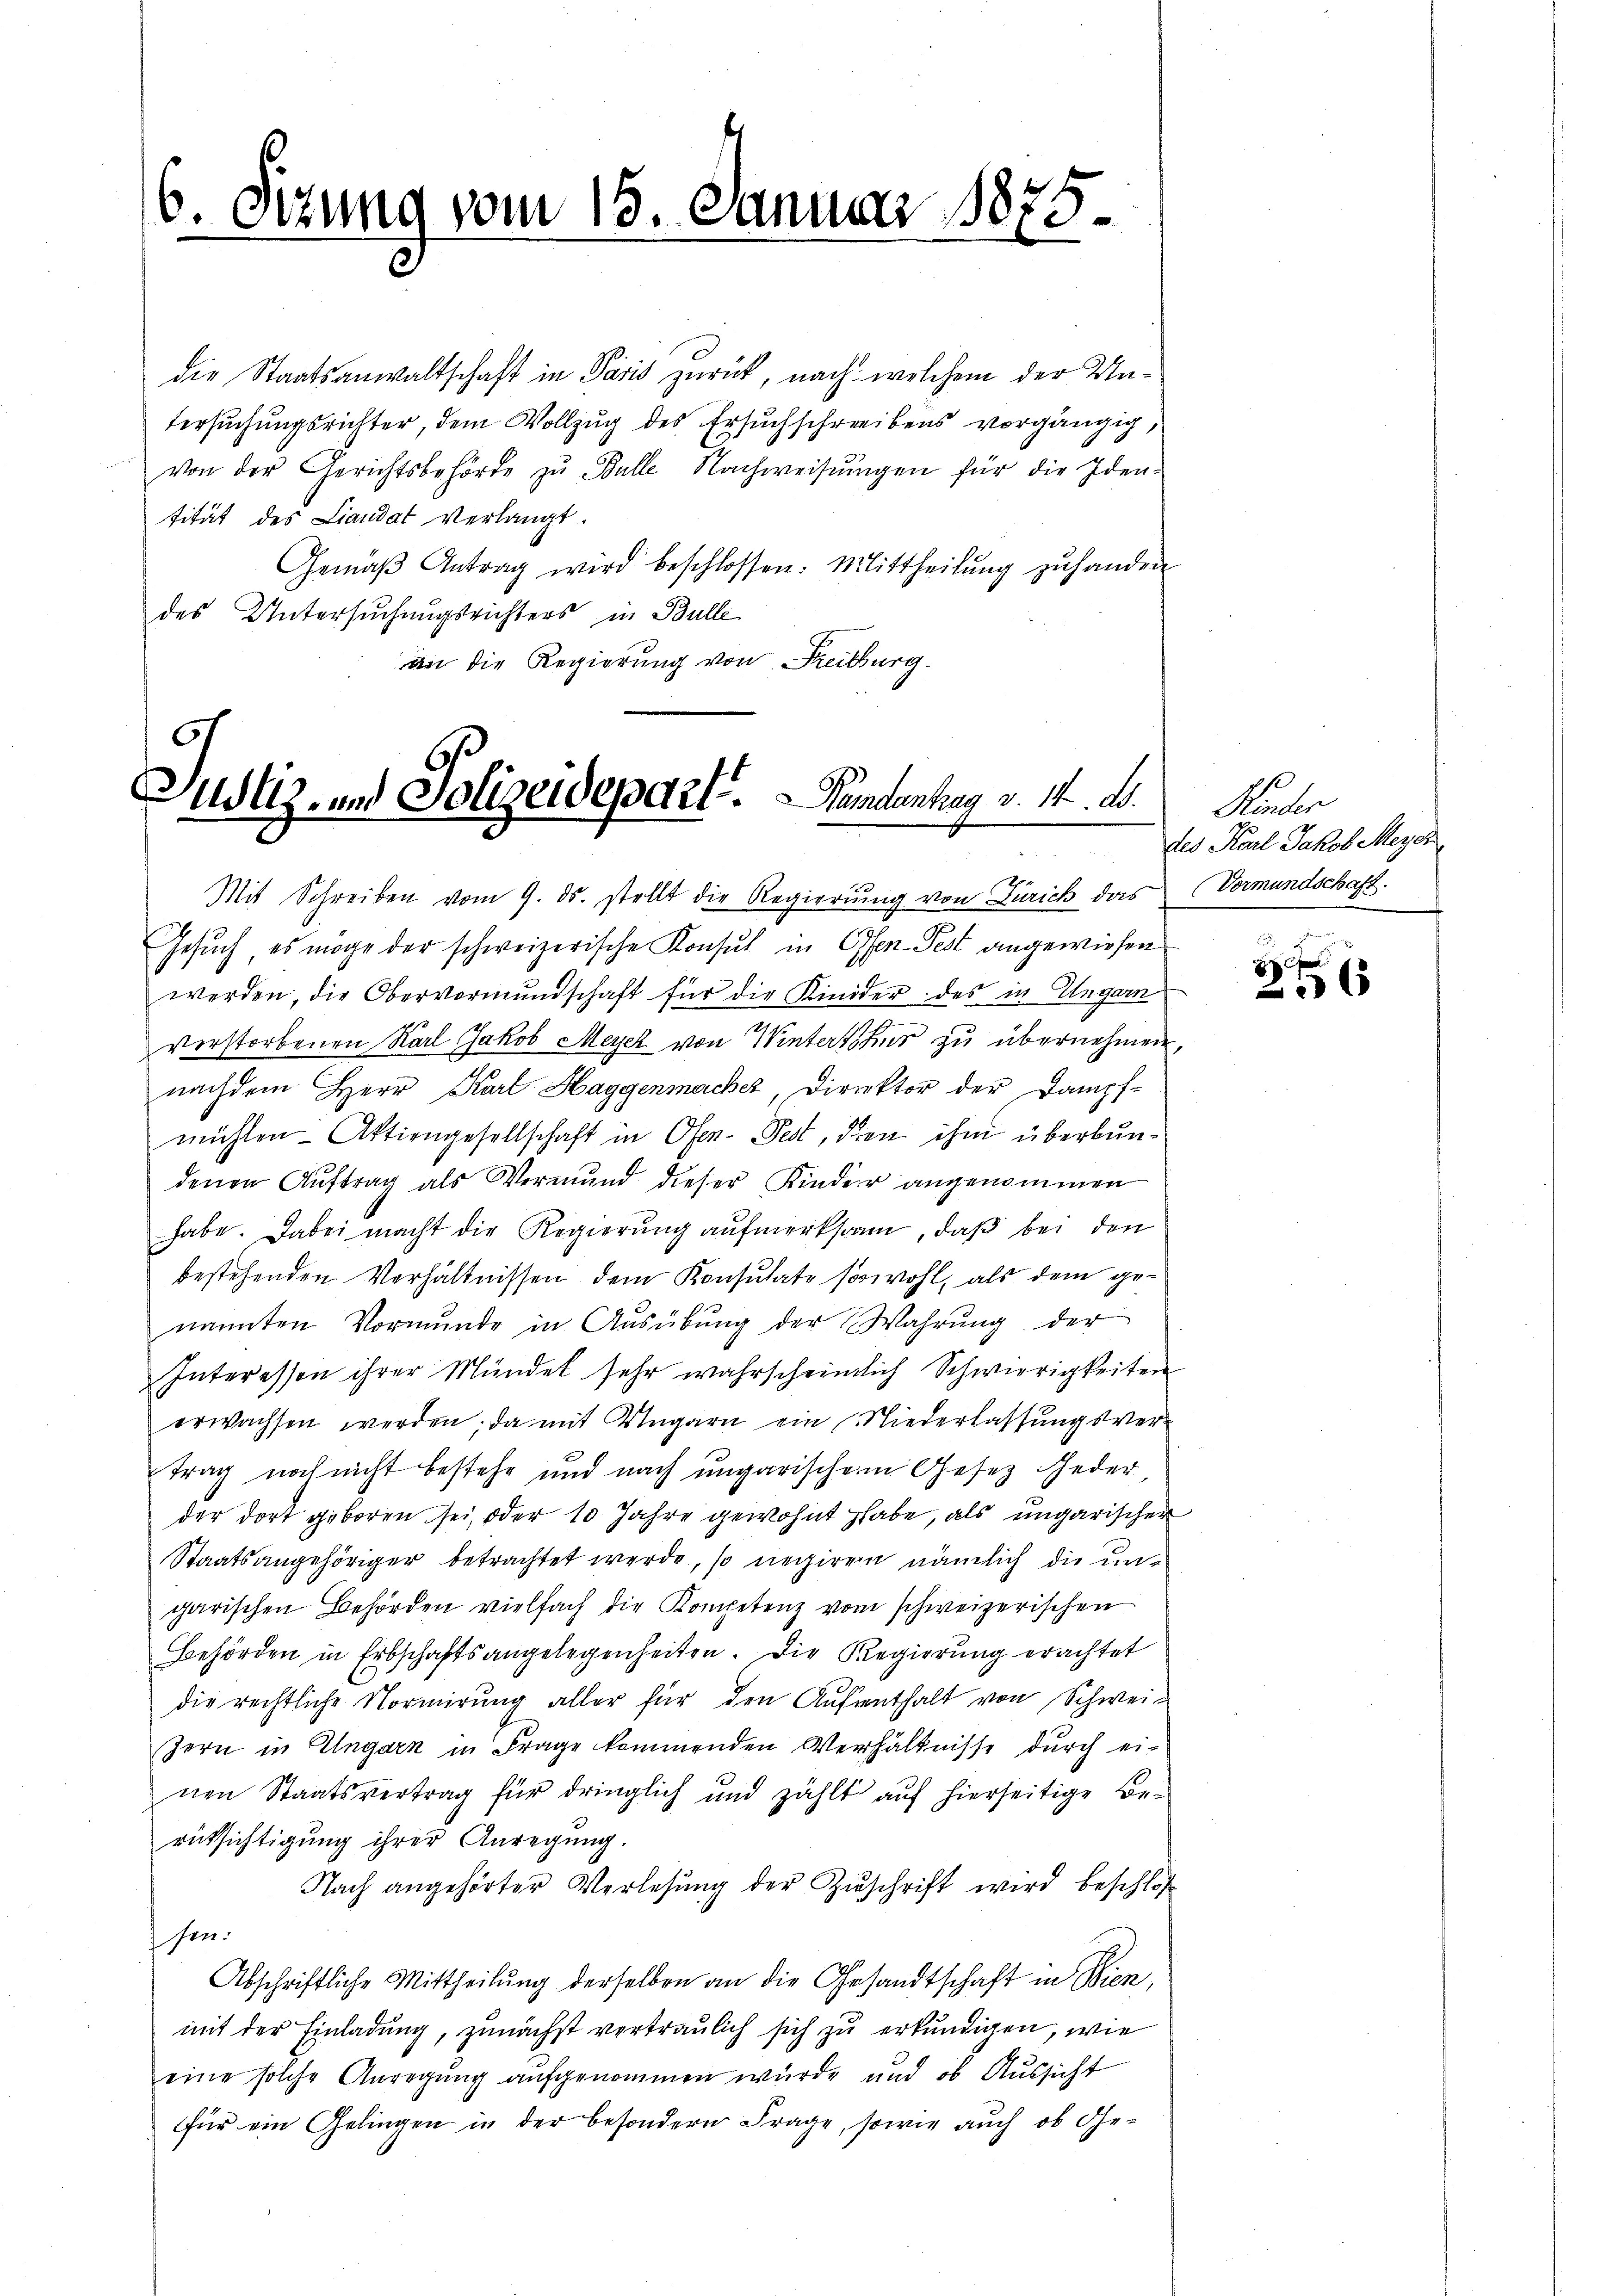
6. Sitzung vom 15. Januar 1875.

die Staatsanwaltschaft in Paris zurück, nach welchem der Untersuchungsrichter, dem Vollzug des Ersuchschreibens vorgängig,
von der Gerichtsbehörde zŭ Bulle Nachweisŭngen für die Iden-
tität des Landat verlangt.
Gemäβ Antrag wird beschlossen: Mittheilŭng zŭ handen
des Untersuchungsrichters in Bulle
an die Regierung von Reitburg.

Justiz- und Polizeidepart. Kundenhag v. 14. d.

Mit Schreiben vom 9. ds. stellt die Regierŭng von Zürich das Vormundschaft.
Gesuch, es möge der schweizerische Konsul in Offen-Fest angewiesen
werden, die Obervormundschaft für die Kinder des in Ungarn
verstorbenen Karl Jakob Meyer von Winterstins zu übernehmen,
nachdem Herr Karl Haggenmacher Direktor der Dampf-
mühlen Aktiengesellschaft in Ofen-Fest, den ihm überbundenen Auftrag als Vermund dieser Kinder angenommen
habe. Dabei macht die Regierŭng aŭfmerksam, daβ bei den
bestehenden Verhältnissen dem Konsulate sowohl, als dem genannten Vormunde in Ausübung der Wahrung der
Interessen ihrer Mündet sehr wahrscheinlich Schwierigkeiten
erwachsen werden; da mit Ungarn ein Niederlassungsvertrag noch nicht bestehe und nach ungarischem Gesetz jeder
der dort geboren sei, oder 10 Jahre gewohnt habe, als ungarischer
Staatsangehöriger betrachtet werde, so negiren nämlich die ungarischen Behörden vielfach die Kompetenz vom schweizerischen
Behörden in Erbschaftsangelegenheiten. Die Regierung erachtet
die rechtliche Normirung aller für den Aufenthalt von Schwei¬
Zern in Eingarn in Frage kommenden Verhältnisse durch ei-
nen Staatsvertrag für dringlich und zählt auf hierseitige Berücksichtigung ihrer Anregung.
Nach angehörter Verlesung der Zuschrift wird beschloß
sen.
Abschriftliche Mittheilung derselben an die Gesandtschaft in Bien,
mit der Einladung, zunächst vertraulich sich zu erkundigen, wie
eine solche Anregung aufgenommen wurde und ob Aussicht
für ein Gelingen in der besondern Frage, sowie auch ob Ge-

Kinder
des Karl Jakob Meyer,

6